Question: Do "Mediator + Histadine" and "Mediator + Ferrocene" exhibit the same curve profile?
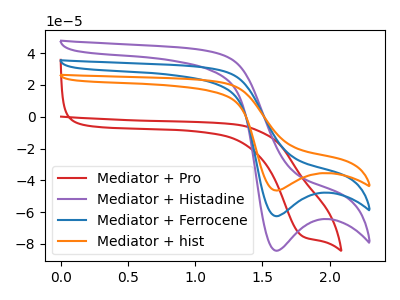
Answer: <think>The red curve "Mediator + Pro" has a cathodic peak at: (1.80V, -74.90uA). The purple curve "Mediator + Histadine" has a cathodic peak at: (1.60V, -84.25uA). The blue curve "Mediator + Ferrocene" has a cathodic peak at: (1.60V, -62.55uA). The orange curve "Mediator + hist" has a cathodic peak at: (1.60V, -125.10uA).
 All the peaks in "Mediator + Histadine" have a peak in "Mediator + Ferrocene" at the same potential. Every peak in "Mediator + Histadine" is higher than every peak in "Mediator + Ferrocene".</think>
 <answer>"Mediator + Histadine" and "Mediator + Ferrocene" are similar in shape.</answer>
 <eval>same_shape</eval>